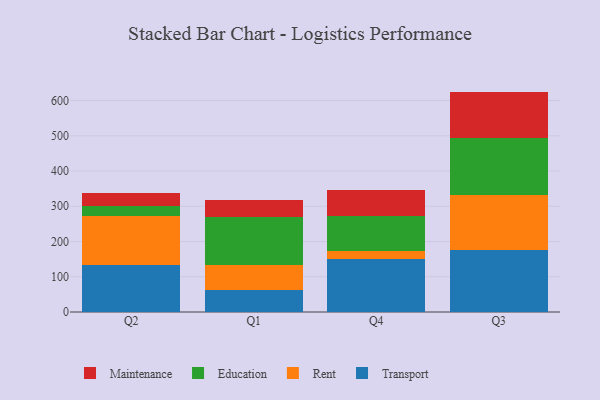
{"axis": {"x": "Quarter", "y": "Market Share (%)"}, "legend": ["Education", "Maintenance", "Rent", "Transport"], "data": [{"x": "Q2", "y": 133.8, "type": "Transport"}, {"x": "Q2", "y": 139.5, "type": "Rent"}, {"x": "Q2", "y": 28.1, "type": "Education"}, {"x": "Q2", "y": 36.1, "type": "Maintenance"}, {"x": "Q1", "y": 61.2, "type": "Transport"}, {"x": "Q1", "y": 70.8, "type": "Rent"}, {"x": "Q1", "y": 138.8, "type": "Education"}, {"x": "Q1", "y": 46.1, "type": "Maintenance"}, {"x": "Q4", "y": 150.6, "type": "Transport"}, {"x": "Q4", "y": 23.4, "type": "Rent"}, {"x": "Q4", "y": 98.9, "type": "Education"}, {"x": "Q4", "y": 73.0, "type": "Maintenance"}, {"x": "Q3", "y": 177.1, "type": "Transport"}, {"x": "Q3", "y": 155.3, "type": "Rent"}, {"x": "Q3", "y": 161.2, "type": "Education"}, {"x": "Q3", "y": 131.8, "type": "Maintenance"}]}